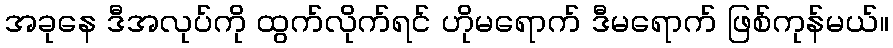
အခုနေ ဒီအလုပ်ကို ထွက်လိုက်ရင် ဟိုမရောက် ဒီမရောက် ဖြစ်ကုန်မယ်။